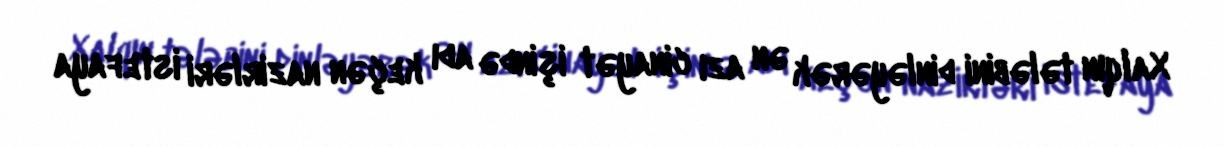
Xalqın tələbini dinləyərək ən azı cinayət işində adı keçən nazirləri istefaya